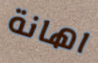
اهانة